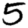
Digit: 5